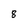
Character: 8